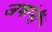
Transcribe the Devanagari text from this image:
जणांनीं